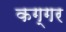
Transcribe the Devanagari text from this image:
कग्गर